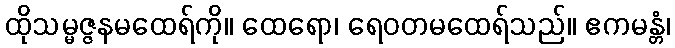
ထိုသမ္မဇ္ဇနမထေရ်ကို။ ထေရော၊ ရေဝတမထေရ်သည်။ ဧကမန္တံ၊